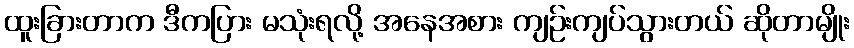
ထူးခြားတာက ဒီကပြား မသုံးရလို့ အနေအစား ကျဉ်းကျပ်သွားတယ် ဆိုတာမျိုး